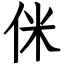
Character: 侎